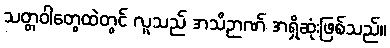
သတ္တဝါတွေထဲတွင် လူသည် အသိဉာဏ် အရှိဆုံးဖြစ်သည်။